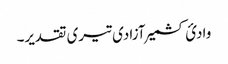
وادئ کشمیر آزادی تیری تقدیر۔